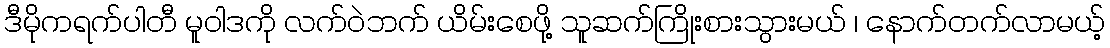
ဒီမိုကရက်ပါတီ မူဝါဒကို လက်ဝဲဘက် ယိမ်းစေဖို့ သူဆက်ကြိုးစားသွားမယ် ၊ နောက်တက်လာမယ့်